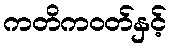
ကတိကဝတ်နှင့်